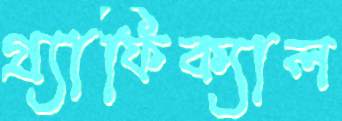
গ্র্যাফিক্যাল